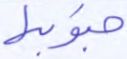
جنوبها